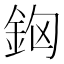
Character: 𨥸